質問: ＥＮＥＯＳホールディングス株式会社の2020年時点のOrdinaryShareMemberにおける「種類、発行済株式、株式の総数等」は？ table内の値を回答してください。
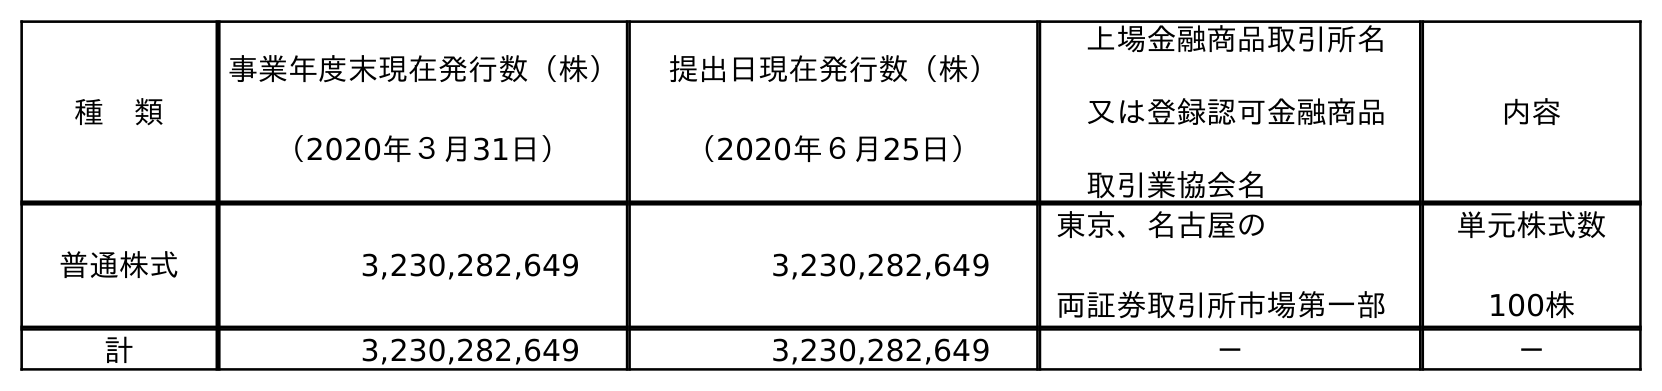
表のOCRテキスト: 種 類 事業年度末現在発行数（株） （2020年３月31日） 提出日現在発行数（株） （2020年６月25日） 上場金融商品取引所名 又は登録認可金融商品 取引業協会名 内容 普通株式 3,230,282,649 3,230,282,649 東京、名古屋の 両証券取引所市場第一部 単元株式数 100株 計 3,230,282,649 3,230,282,649 － －
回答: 普通株式